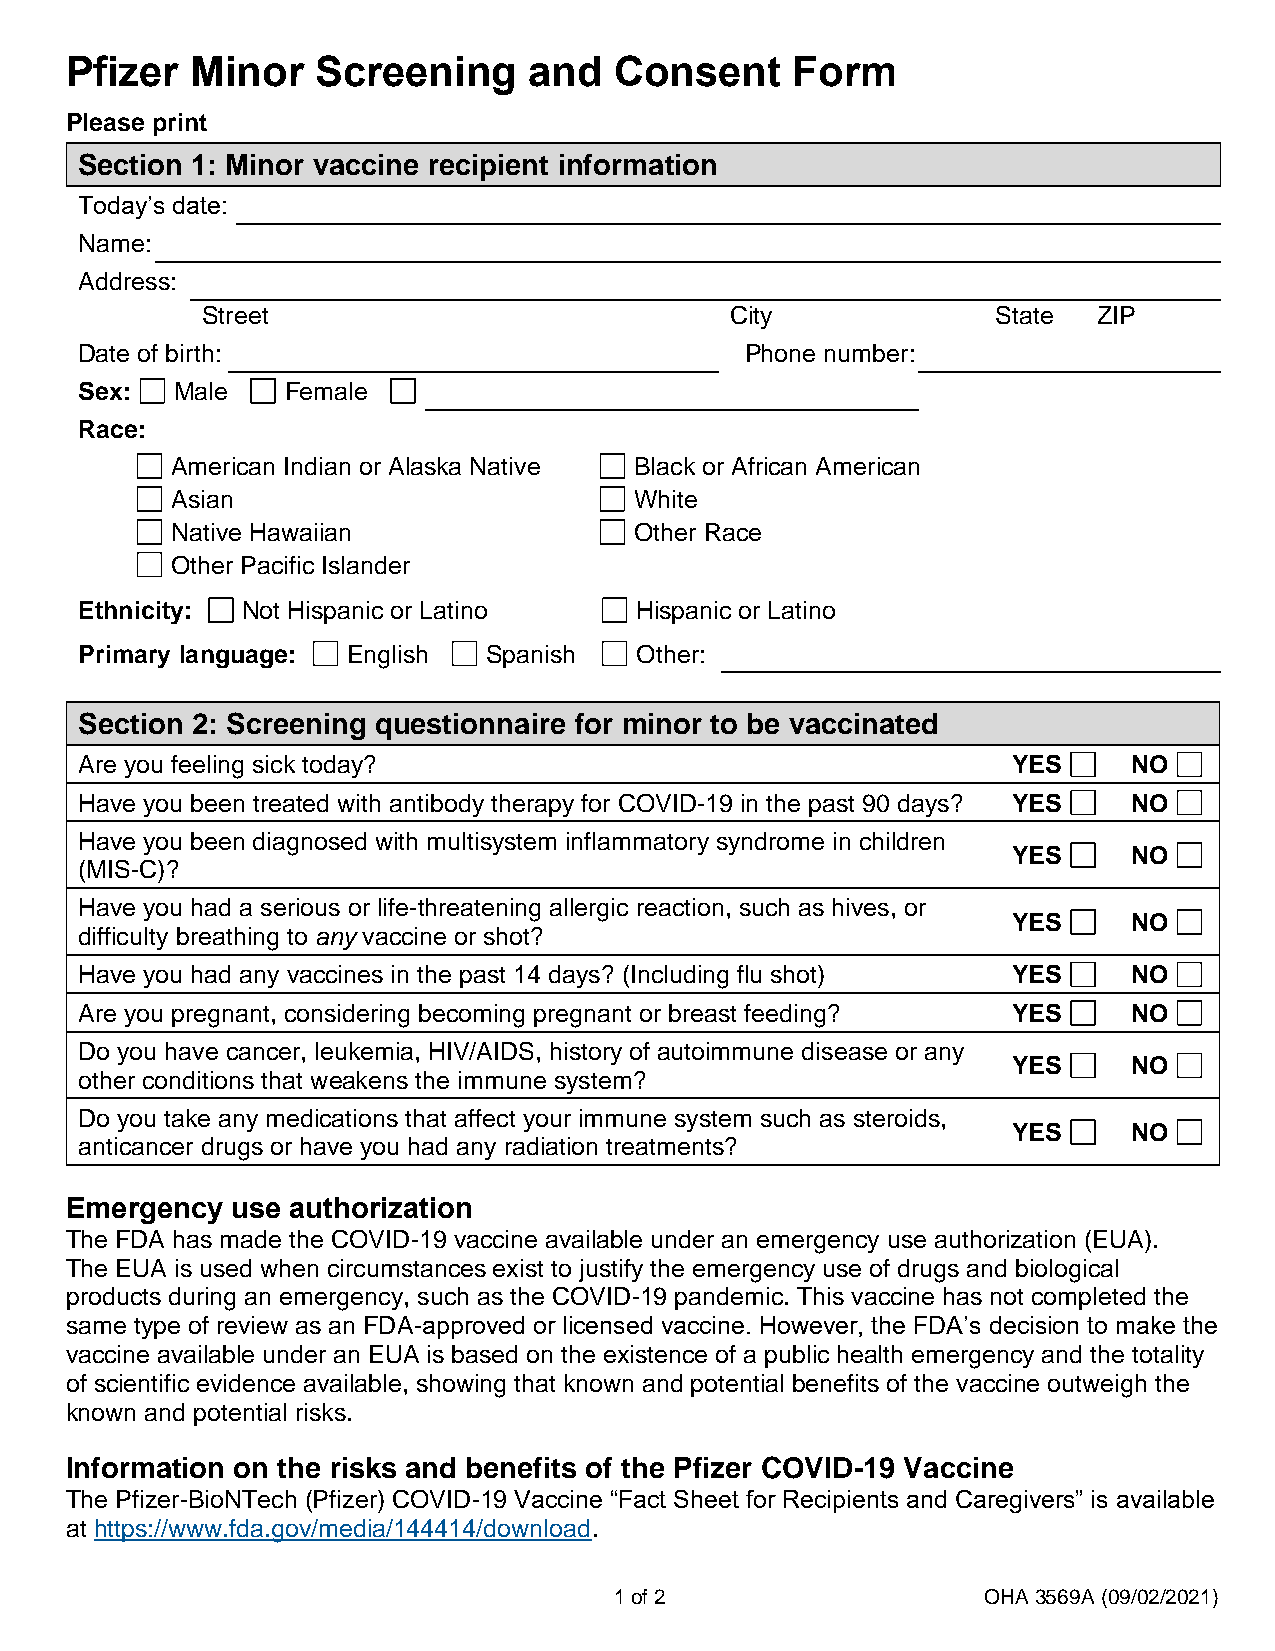
Pfizer   Minor   Screening     and   Consent    Form
 Please print
 Section 1: Minor vaccine recipient information
 Today’s date:
 Name:
 Address:
 Street                             City              State  ZIP
 Date of birth:                              Phone number:
 Sex:   Male   Female
 Race:
 American Indian or Alaska Native Black or African American
 Asian                          White
 Native Hawaiian                Other Race
 Other Pacific Islander
 Ethnicity: Not Hispanic or Latino    Hispanic or Latino
 Primary language: English  Spanish   Other:
 Section 2: Screening questionnaire for minor to be vaccinated
 Are you feeling sick today?                                   YES     NO
 Have you been treated with antibody therapy for COVID-19 in the past 90 days? YES NO
 Have you been diagnosed with multisystem inflammatory syndrome in children
 YES     NO
 (MIS-C)?
 Have you had a serious or life-threatening allergic reaction, such as hives, or
 YES     NO
 difficulty breathing to any vaccine or shot?
 Have you had any vaccines in the past 14 days? (Including flu shot) YES NO
 Are you pregnant, considering becoming pregnant or breast feeding? YES NO
 Do you have cancer, leukemia, HIV/AIDS, history of autoimmune disease or any
 YES     NO
 other conditions that weakens the immune system?
 Do you take any medications that affect your immune system such as steroids,
 YES     NO
 anticancer drugs or have you had any radiation treatments?
 Emergency  use authorization
 The FDA has made the COVID-19 vaccine available under an emergency use authorization (EUA).
 The EUA is used when circumstances exist to justify the emergency use of drugs and biological
 products during an emergency, such as the COVID-19 pandemic. This vaccine has not completed the
 same type of review as an FDA-approved or licensed vaccine. However, the FDA’s decision to make the
 vaccine available under an EUA is based on the existence of a public health emergency and the totality
 of scientific evidence available, showing that known and potential benefits of the vaccine outweigh the
 known and potential risks.
 Information on the risks and benefits of the Pfizer COVID-19 Vaccine
 The Pfizer-BioNTech (Pfizer) COVID-19 Vaccine “Fact Sheet for Recipients and Caregivers” is available
 at https://www.fda.gov/media/144414/download.
 1 of 2                  OHA 3569A (09/02/2021)